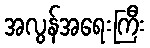
အလွန်အရေးကြီး